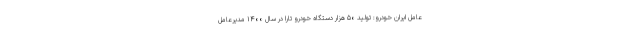
عامل ایران خودرو: تولید ۵۰ هزار دستگاه خودرو تارا در سال ۱۴۰۰ مدیرعامل